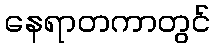
နေရာတကာတွင်